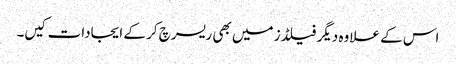
اس کے علاوہ دیگر فیلڈز میں بھی ریسرچ کر کے ایجادات کیں۔